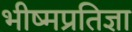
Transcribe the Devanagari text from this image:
भीष्मप्रतिज्ञा